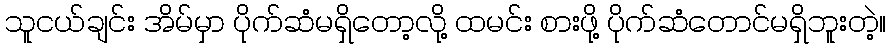
သူငယ်ချင်း အိမ်မှာ ပိုက်ဆံမရှိတော့လို့ ထမင်း စားဖို့ ပိုက်ဆံတောင်မရှိဘူးတဲ့။